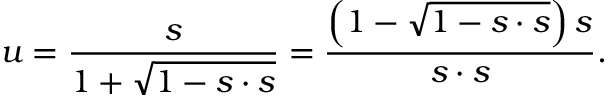
u = { \frac { s } { 1 + { \sqrt { 1 - s \cdot s } } } } = { \frac { \left( 1 - { \sqrt { 1 - s \cdot s } } \right) s } { s \cdot s } } .